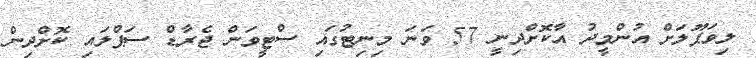
ލިވަޕޫލަށް އުންމީދު އާކޮށްދިނީ 57 ވަނަ މިނިޓުގައި ސްޓީވަން ޖެރާޑް ސަޕްލައި ކޮށްދިން